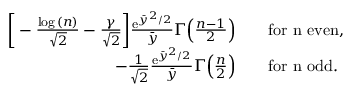
\begin{array} { r l } { \bigg [ - \frac { \log { ( n ) } } { \sqrt { 2 } } - \frac { \gamma } { \sqrt { 2 } } \bigg ] \frac { \mathrm { e } ^ { \bar { y } ^ { 2 } / 2 } } { \bar { y } } \Gamma \Big ( \frac { n - 1 } { 2 } \Big ) } & { \quad \mathrm { f o r ~ n ~ e v e n } , } \\ { - \frac { 1 } { \sqrt { 2 } } \frac { \mathrm { e } ^ { \bar { y } ^ { 2 } / 2 } } { \bar { y } } \Gamma \Big ( \frac { n } { 2 } \Big ) } & { \quad \mathrm { f o r ~ n ~ o d d } . } \end{array}